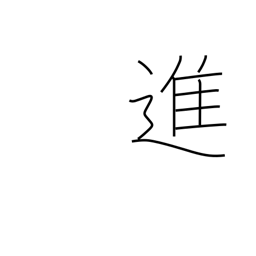
Meaning: progress